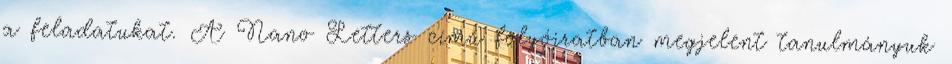
a feladatukat. A Nano Letters című folyóiratban megjelent tanulmányuk